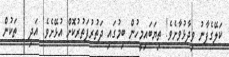
ކަލޭގެފާނު ވިދާޅުވާށެވެ! ތިޔަބައިމީހުން ބިމުގައި ދަތުރުފަތުރުކޮށް އުޅޭށެވެ! އަދި   ތަކުން